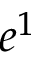
e ^ { 1 }